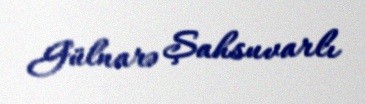
Gülnarə Şahsuvarlı